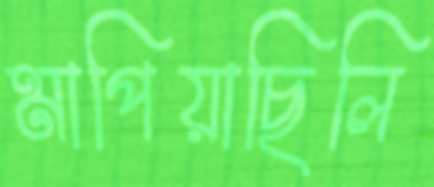
মাপিয়াছিলি